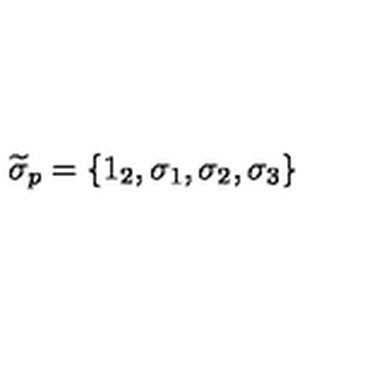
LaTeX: \widetilde { \sigma } _ { p } = \left\{ 1 _ { 2 } , \sigma _ { 1 } , \sigma _ { 2 } , \sigma _ { 3 } \right\}